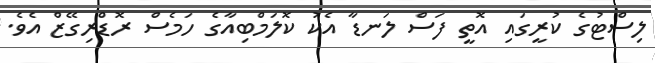
ލިސްޓުގެ ކުރީގައި އޮތީ ފަސް ލަނޑާ އެކު ކޮލަމްބިއާގެ ހަމެސް ރޮޑްރިގޭޒް އެވެ.